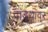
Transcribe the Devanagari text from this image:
वाडयांवर